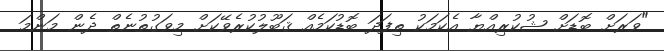
"ވަރަށް ބޮޑަށް ޝުކުރިއްޔާ އެކަމަކު ތިފަދަ ބޮޑުކަމެއް ޤަބޫލުކުރެވޭކަށް މިވަގުތުނެތް ދެން މަންމަ